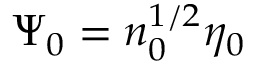
\Psi _ { 0 } = n _ { 0 } ^ { 1 / 2 } \eta _ { 0 }